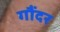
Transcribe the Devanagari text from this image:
गौंदर